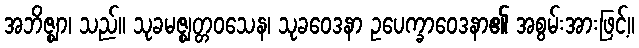
အဘိဇ္ဈာ၊ သည်။ သုခမဇ္ဈတ္တဝသေန၊ သုခဝေဒနာ ဥပေက္ခာဝေဒနာ၏ အစွမ်းအားဖြင့်။